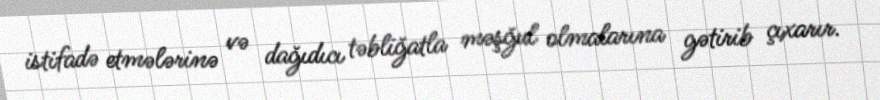
istifadə etmələrinə və dağıdıcı təbliğatla məşğul olmalarına gətirib çıxarır.